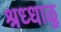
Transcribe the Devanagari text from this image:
श्रध्धाळु